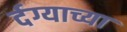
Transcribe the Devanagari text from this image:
र्दग्याच्या